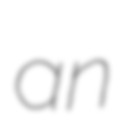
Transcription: an